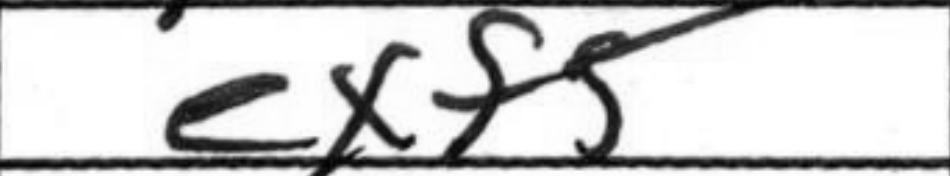
Transcription: exf5